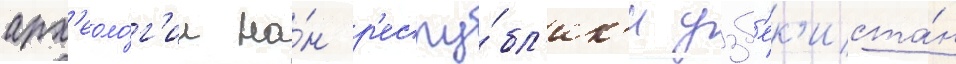
арх'еоло́г'ии на́н р'еспу́бл'ик'и узб'ек'иста́н